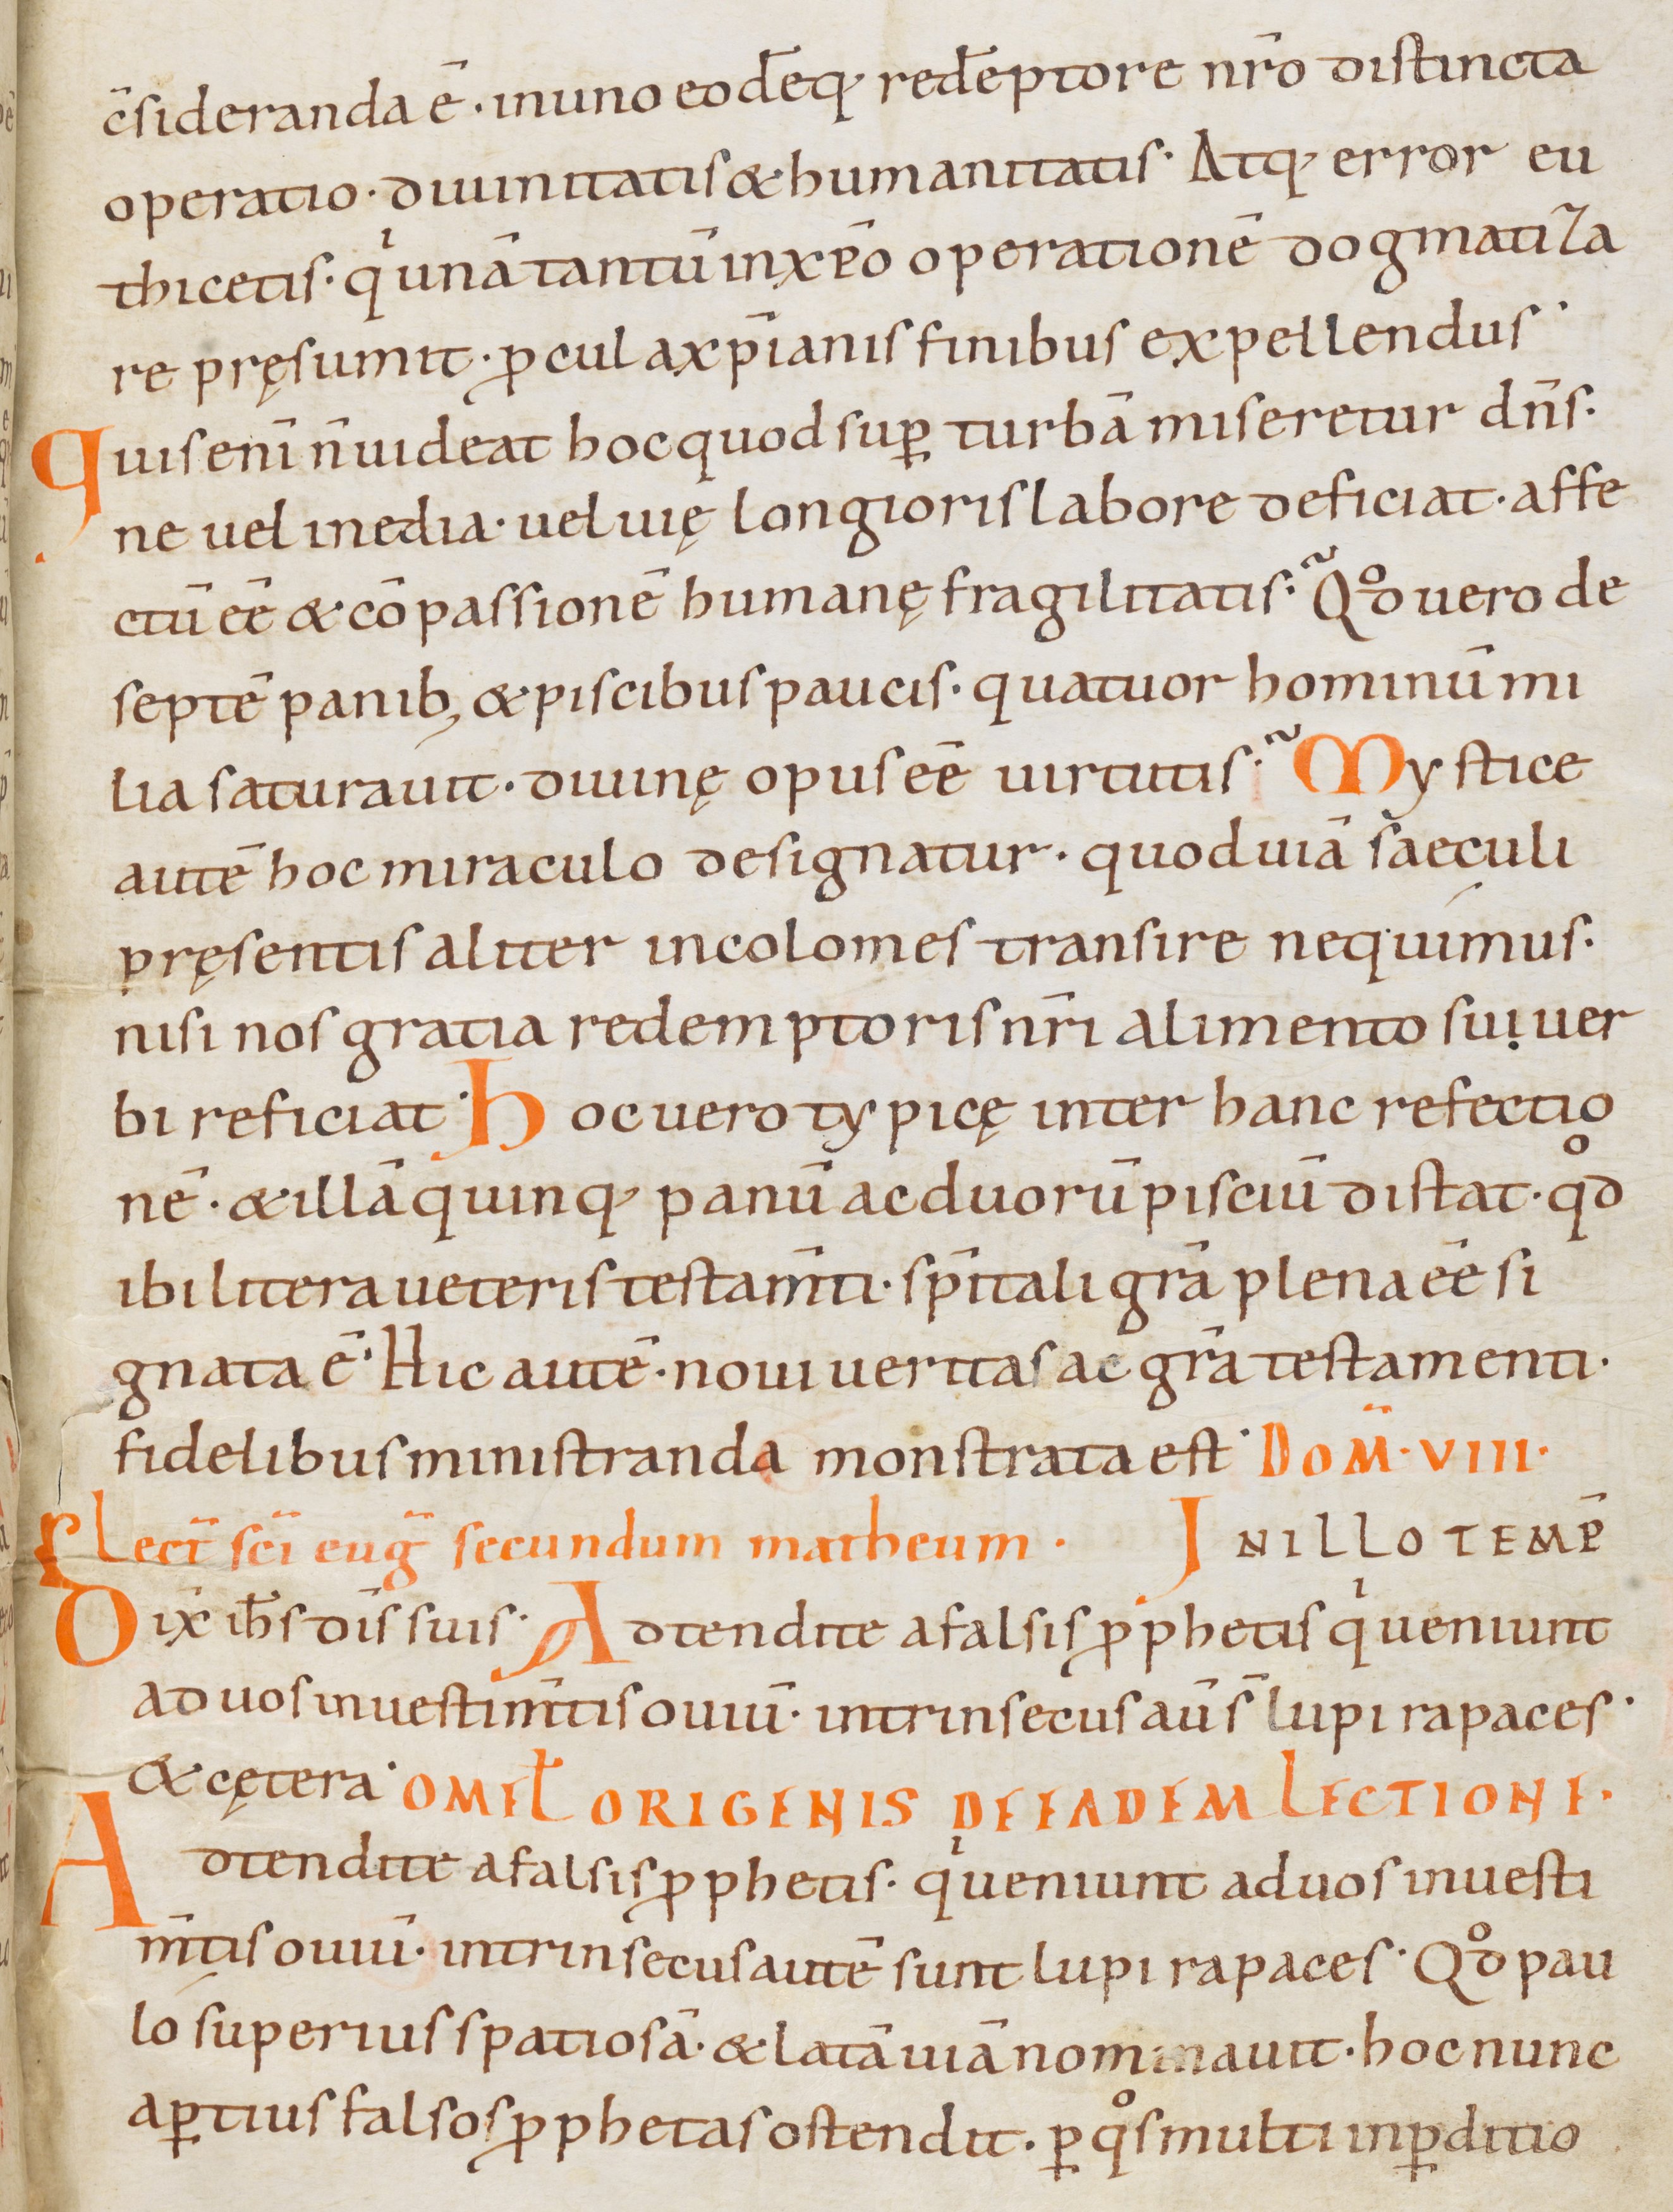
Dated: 900–999